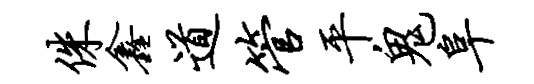
侏鑫道管平鬼阜